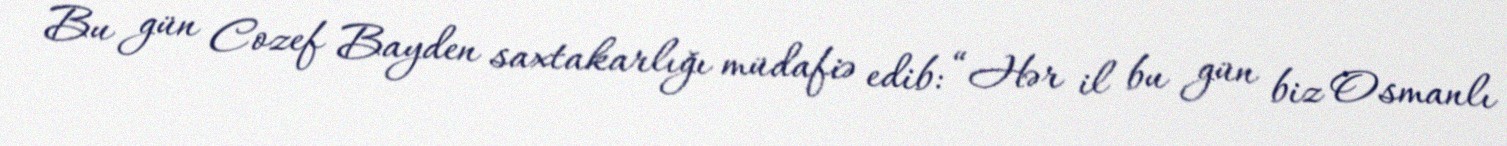
Bu gün Cozef Bayden saxtakarlığı müdafiə edib: “Hər il bu gün biz Osmanlı